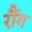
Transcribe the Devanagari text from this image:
रौंग